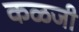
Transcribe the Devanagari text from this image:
कळजी